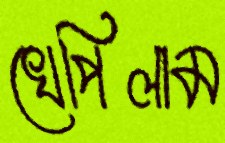
খেপিলাম